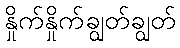
နှိုက်နှိုက်ချွတ်ချွတ်